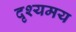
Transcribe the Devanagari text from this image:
दृश्यमय